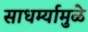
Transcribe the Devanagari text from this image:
साधर्म्यामुळे